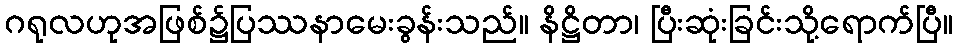
ဂရုလဟုအဖြစ်၌ပြဿနာမေးခွန်းသည်။ နိဋ္ဌိတာ၊ ပြီးဆုံးခြင်းသို့ရောက်ပြီ။